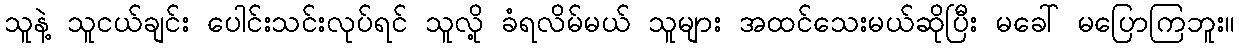
သူနဲ့ သူငယ်ချင်း ပေါင်းသင်းလုပ်ရင် သူလို့ ခံရလိမ်မယ် သူများ အထင်သေးမယ်ဆိုပြီး မခေါ် မပြောကြဘူး။